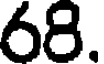
68.